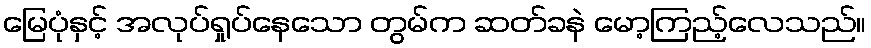
မြေပုံနှင့် အလုပ်ရှုပ်နေသော တွမ်က ဆတ်ခနဲ မော့ကြည့်လေသည်။